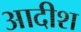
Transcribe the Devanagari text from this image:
आदीश